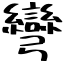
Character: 彎